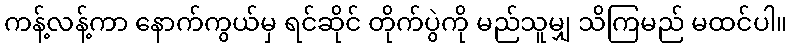
ကန့်လန့်ကာ နောက်ကွယ်မှ ရင်ဆိုင် တိုက်ပွဲကို မည်သူမျှ သိကြမည် မထင်ပါ။